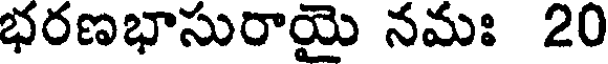
భరణభాసురాయై నమః 20